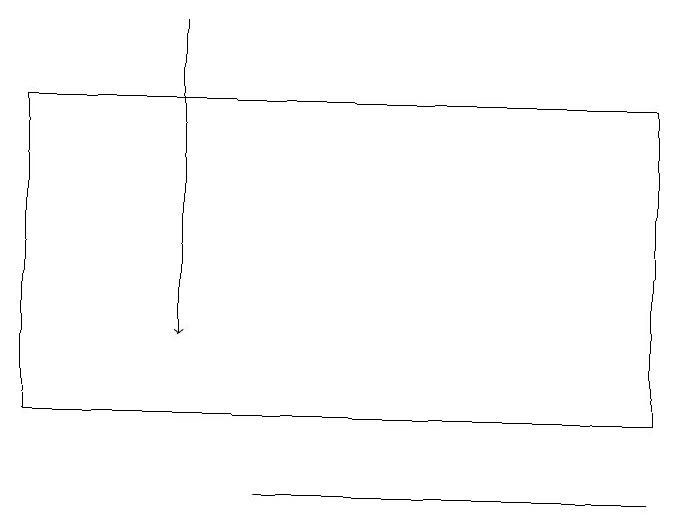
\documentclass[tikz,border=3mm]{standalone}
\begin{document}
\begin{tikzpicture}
\draw (9,12) rectangle (1,16);
\draw (4,11) rectangle (9,11);
\draw[->] (3,17) -- (3,13);
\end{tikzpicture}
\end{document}